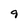
Character: 9